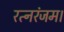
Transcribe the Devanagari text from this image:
रत्नरंजम।